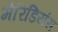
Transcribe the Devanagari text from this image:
मेरिडियंस